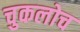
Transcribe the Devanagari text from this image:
चुकलोच